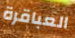
العباقرة